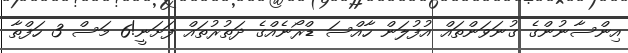
އިންސާނުންގެ ގުނަވަންތައް އުފުލަން ހާއްސަ ޑްރޯނެއްގެ ދަތުރުތައް ފަށަނީ!6 މަސް 3 ހަފްތާ